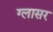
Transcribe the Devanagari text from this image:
ग्लासर